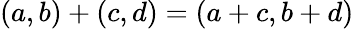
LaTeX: (a,b)+(c,d)=(a+c,b+d)